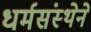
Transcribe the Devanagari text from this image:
धर्मसंस्थेने